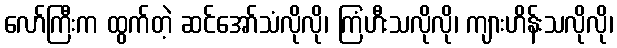
လော်ကြီးက ထွက်တဲ့ ဆင်အော်သံလိုလို၊ ကြံဟီးသလိုလို၊ ကျားဟိန်းသလိုလို၊